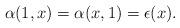
LaTeX: \begin{align*}\alpha(1,x)=\alpha(x,1)=\epsilon(x).\end{align*}